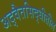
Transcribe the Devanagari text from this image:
अद्वैतसिद्धीतील